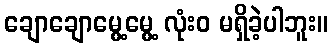
ချောချောမွေ့မွေ့ လုံးဝ မရှိခဲ့ပါဘူး။